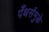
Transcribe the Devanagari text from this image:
पँथर्समुळे